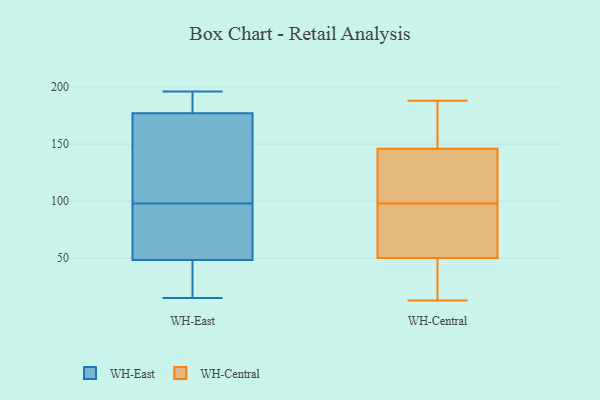
{"axis": {"x": "Website Visitors", "y": "Value"}, "legend": ["WH-Central", "WH-East"], "data": [{"x": "", "y": 196, "type": "WH-East"}, {"x": "", "y": 44, "type": "WH-East"}, {"x": "", "y": 166, "type": "WH-East"}, {"x": "", "y": 69, "type": "WH-East"}, {"x": "", "y": 184, "type": "WH-East"}, {"x": "", "y": 138, "type": "WH-East"}, {"x": "", "y": 90, "type": "WH-East"}, {"x": "", "y": 50, "type": "WH-East"}, {"x": "", "y": 175, "type": "WH-East"}, {"x": "", "y": 20, "type": "WH-East"}, {"x": "", "y": 179, "type": "WH-East"}, {"x": "", "y": 179, "type": "WH-East"}, {"x": "", "y": 58, "type": "WH-East"}, {"x": "", "y": 15, "type": "WH-East"}, {"x": "", "y": 98, "type": "WH-East"}, {"x": "", "y": 47, "type": "WH-East"}, {"x": "", "y": 98, "type": "WH-East"}, {"x": "", "y": 42, "type": "WH-East"}, {"x": "", "y": 184, "type": "WH-East"}, {"x": "", "y": 140, "type": "WH-East"}, {"x": "", "y": 60, "type": "WH-Central"}, {"x": "", "y": 161, "type": "WH-Central"}, {"x": "", "y": 47, "type": "WH-Central"}, {"x": "", "y": 155, "type": "WH-Central"}, {"x": "", "y": 23, "type": "WH-Central"}, {"x": "", "y": 98, "type": "WH-Central"}, {"x": "", "y": 146, "type": "WH-Central"}, {"x": "", "y": 73, "type": "WH-Central"}, {"x": "", "y": 31, "type": "WH-Central"}, {"x": "", "y": 146, "type": "WH-Central"}, {"x": "", "y": 13, "type": "WH-Central"}, {"x": "", "y": 117, "type": "WH-Central"}, {"x": "", "y": 70, "type": "WH-Central"}, {"x": "", "y": 113, "type": "WH-Central"}, {"x": "", "y": 188, "type": "WH-Central"}]}